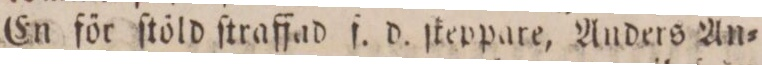
En för ſtöld ſtraffad ſ. d. ſteppare, Anders An=